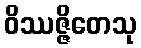
ဝိဿဇ္ဇိတေသု